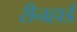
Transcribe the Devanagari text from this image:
रीनहार्ड